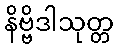
နိဗ္ဗိဒါသုတ္တ